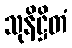
သုနိဋ္ဌိတံ